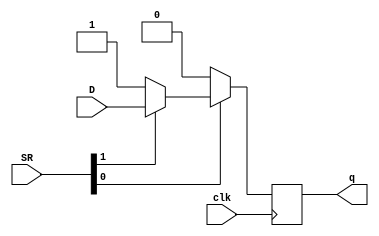
module FlipFlop_D(

	input clk, D,
	input[1:0] SR,
	output reg q

);

parameter set = 1;

always @(posedge clk)
begin 
	if(SR[0] == 0)
	
		q <= 0;
	
	else if(SR[1] == 0)
	
		q <= set;
	
	else
	
		q <= D;

end

endmodule